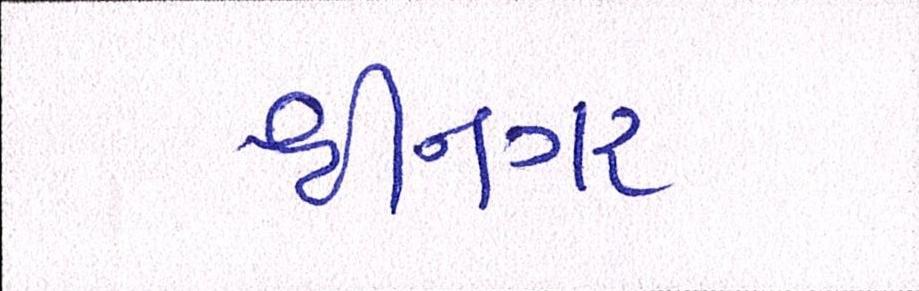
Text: શ્રીનગર